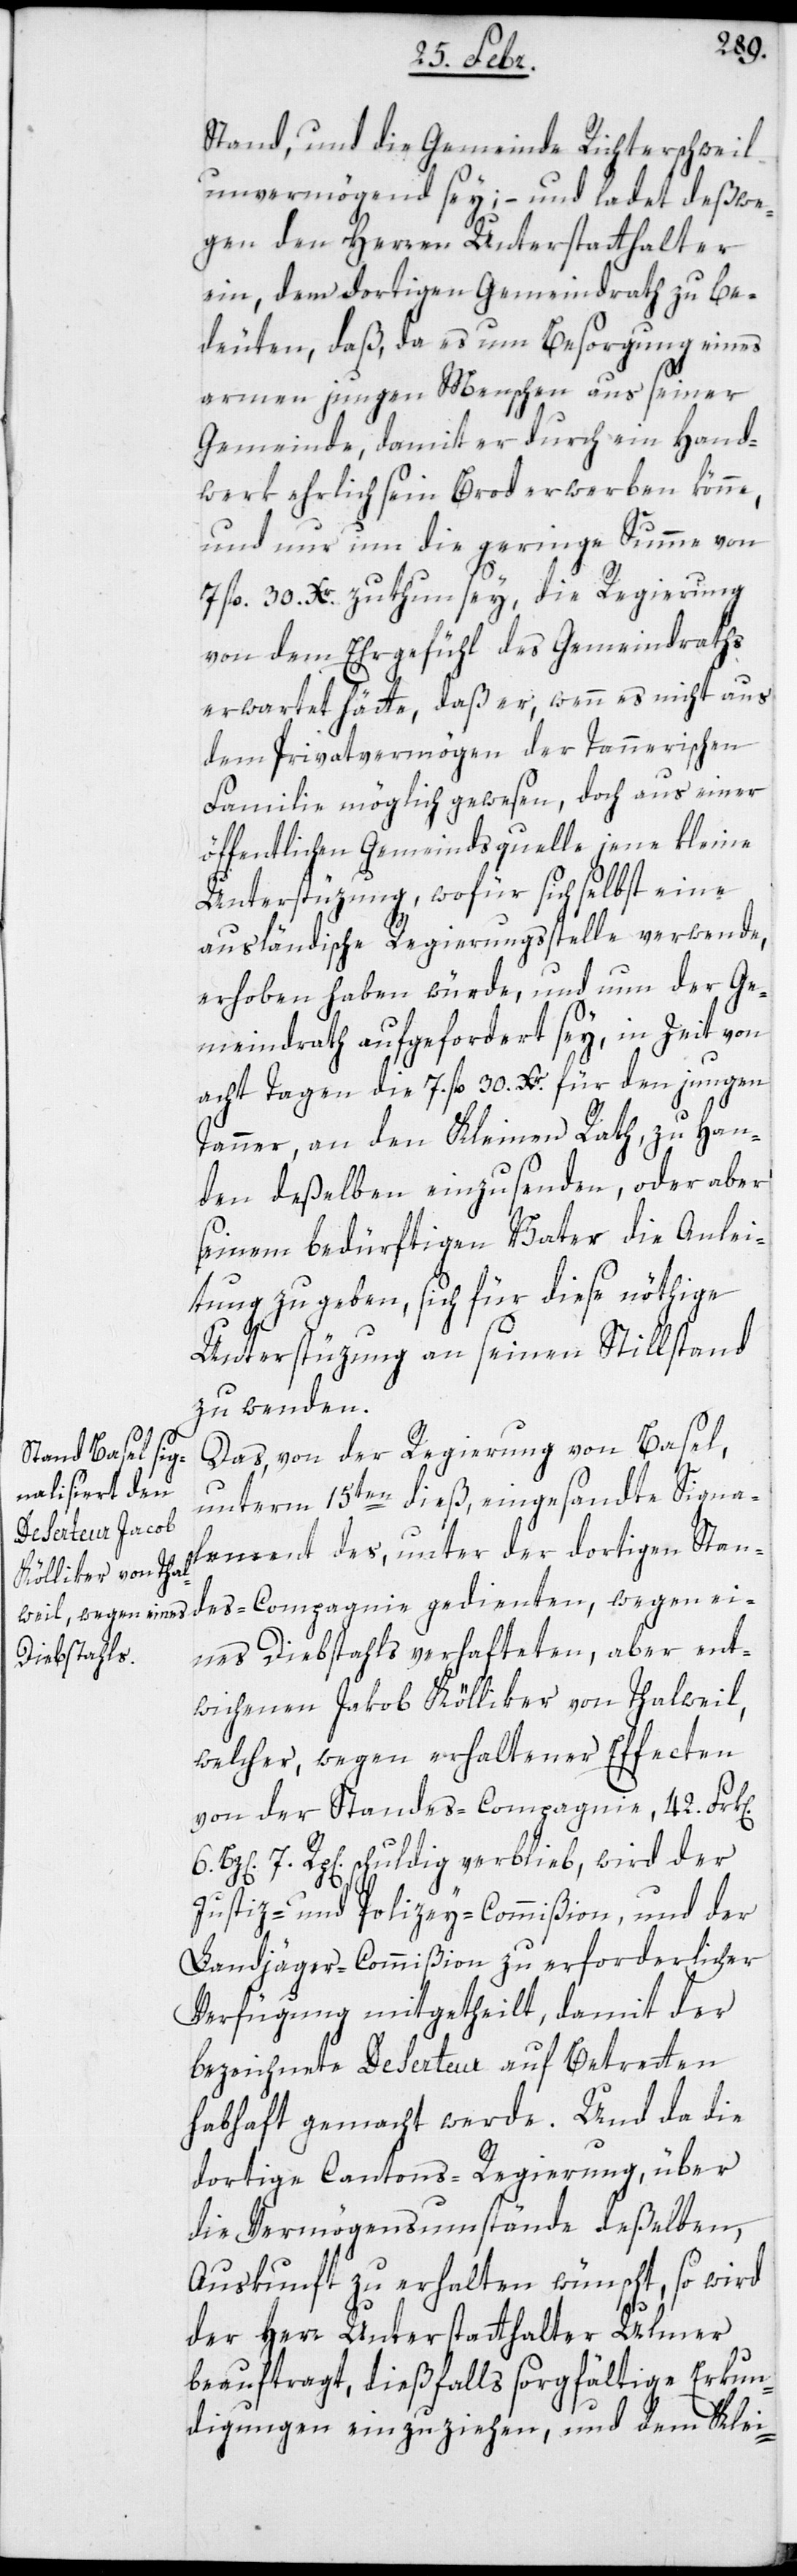
n].
Stand, und die Gemeinde Richterschweil
unvermögend sey; – und ladet deßwe¬
gen den Herren Unterstatthalter
ein, dem dortigen Gemeindrath zu be¬
deuten, daß, da es um Besorgung eines
armen jungen Menschen aus seiner
Gemeinde, damit er durch ein Hand¬
werk ehrlich sein Brod erwerben könne,
und nur um die geringe Summe von
7 fl. 30. Xr. zu thun sey, die Regierung
von dem Ehrgefühl des Gemeindraths
erwartet hätte, daß er, wenn es nicht aus
dem Privatvermögen der Tannerischen
Familie möglich gewesen, doch aus einer
öffentlichen Gemeindsquelle jene kleine
Unterstüzung, wofür sich selbst eine
ausländische Regierungsstelle verwende,
erhoben haben würde, und nun der Ge¬
meindrath aufgefordert sey, in Zeit von
acht Tagen die 7 fl. 30. Xr. für den jungen
Tanner, an den Kleinen Rath, zu Han¬
den deßelben, einzusenden, oder aber
seinem bedürftigen Vater die Anlei¬
tung zu geben, sich für diese nöthige
Unterstüzung an seinen Stillstand
zu wenden.
Das, von der Regierung von Basel,
unterm 15ten dieß, eingesandte Signa¬
lement des, unter der dortigen Stan¬
eines Diebstahls verhafteten, aber ent¬
des-Compagnie
wichenen Jakob Kölliker von Thalweil,
welcher, wegen erhaltener Effecten
von der Standes-Compagnie, 42. Frk[e¬
7. Rp[en]. schuldig verblieb, wird der
Justiz- und Polizey-Commißion, und der
Landjäger-Commißion zu erforderlicher
Verfügung mitgetheilt, damit der
bezeichnete Deserteur auf Betretten
habhaft gemacht werde. Und da die
dortige Cantons-Regierung, über
die Vermögensumstände deßelben,
Auskunft zu erhalten wünscht, so wird
der Herr Unterstatthalter Ulmer
beauftragt, dießfalls sorgfältige Erkun¬
digungen einzuziehen, um dem Klei-